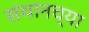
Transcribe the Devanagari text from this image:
संथानच्या